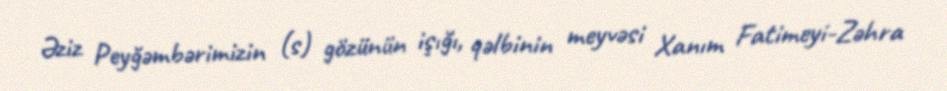
Əziz Peyğəmbərimizin (s) gözünün işığı, qəlbinin meyvəsi Xanım Fatimeyi-Zəhra